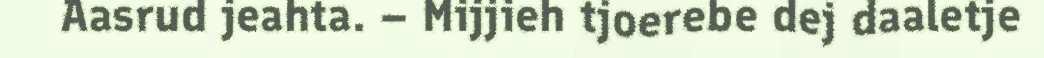
Aasrud jeahta. – Mijjieh tjoerebe dej daaletje